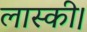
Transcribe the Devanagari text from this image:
लास्की।